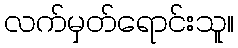
လက်မှတ်ရောင်းသူ။